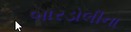
બારડોલીના